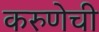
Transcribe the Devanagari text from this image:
करुणेची